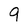
Character: 9